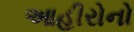
આહીરોનો